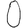
Digit: 0